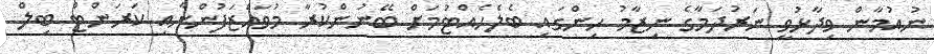
ނުއުމާން ވިދާޅުވީ ނަރުދަމާގެ ނިޒާމު ހިންގައި ބެލެހެއްޓުމަށް ބޭނުންކުރާ މުވައްޒަފުންނާއި ކަރަންޓް ބިލް